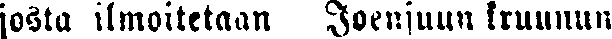
josta ilmoitetaan Joensuun kruunu-